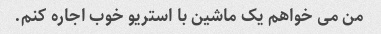
من می خواهم یک ماشین با استریو خوب اجاره کنم.